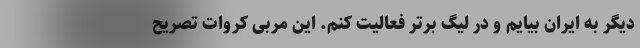
دیگر به ایران بیایم و در لیگ برتر فعالیت کنم. این مربی کروات تصریح